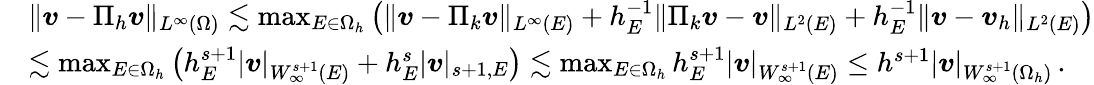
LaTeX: \begin{array}{rl}&{\| \boldsymbol{v}-\Pi_{h}\boldsymbol{v}\| _{L^{\infty}(\Omega)}\lesssim\operatorname*{max}_{E\in\Omega_{h}}\big(\| \boldsymbol{v}-\Pi_{k}\boldsymbol{v}\| _{L^{\infty}(E)}+h_{E}^{-1}\| \Pi_{k}\boldsymbol{v}-\boldsymbol{v}\| _{L^{2}(E)}+h_{E}^{-1}\| \boldsymbol{v}-\boldsymbol{v}_{h}\| _{L^{2}(E)}\big)}\\ &{\lesssim\operatorname*{max}_{E\in\Omega_{h}}\big(h_{E}^{s+1}|\boldsymbol{v}|_{W_{\infty}^{s+1}(E)}+h_{E}^{s}|\boldsymbol{v}|_{s+1,E}\big)\lesssim\operatorname*{max}_{E\in\Omega_{h}}h_{E}^{s+1}|\boldsymbol{v}|_{W_{\infty}^{s+1}(E)}\leq h^{s+1}|\boldsymbol{v}|_{W_{\infty}^{s+1}(\Omega_{h})}\, .}\end{array}